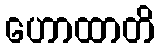
ဟောထာတိ